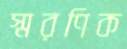
স্মরণিক